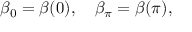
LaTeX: \beta _ { 0 } = \beta ( 0 ) , \quad \beta _ { \pi } = \beta ( \pi ) ,